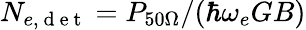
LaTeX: N_{e,\mathrm{~d~e~t~}}=P_{50\Omega}/(\hbar\omega_{e}GB)